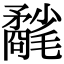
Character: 𣰲